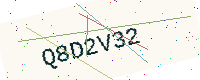
Text: Q8D2V32